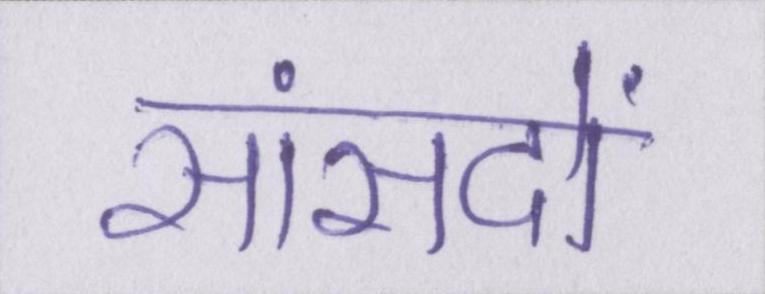
सांसदों